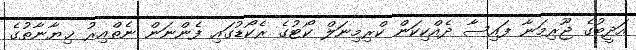
އަދީބުގެ ޖޫރިމަނާ ފައިސާ ދެއްކިކަން ކްރިމިނަލް ކޯޓުގެ ރެކޯޑުގައި ފެންނަން ނެތްއިރު ޚިޔާނާތުގެ